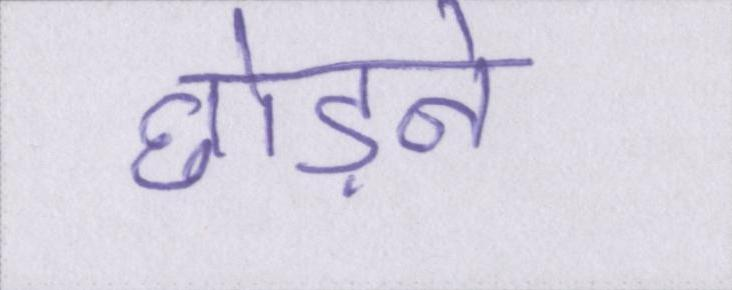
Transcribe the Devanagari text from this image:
छोड़ने